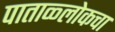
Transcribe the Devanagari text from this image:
पाताळ्लोकचा